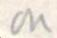
on